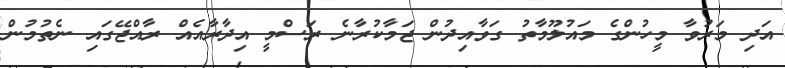
އަދި މަރުވާ މީހުންގެ މައުލޫމާތު ގަވާއިދުން ޖަމާކުރާނެ ރަސްމީ އިދާރާއެއް ރާއްޖޭގައި ނެތުމުން